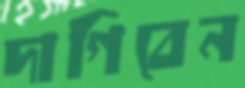
দাগিবেন